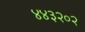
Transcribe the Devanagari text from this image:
४४३२०२